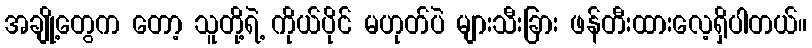
အချို့တွေက တော့ သူတို့ရဲ့ ကိုယ်ပိုင် မဟုတ်ပဲ များသီးခြား ဖန်တီးထားလေ့ရှိပါတယ်။